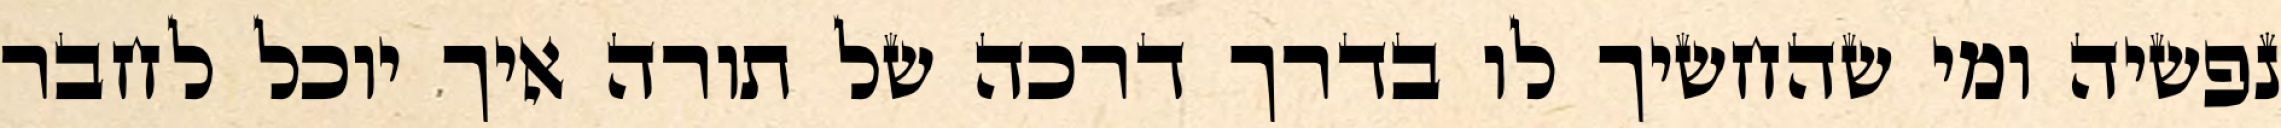
נפשיה ומי שהחשיך לו בדרך דרכה של תורה איך יוכל לחבר